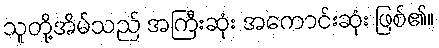
သူတို့အိမ်သည် အကြီးဆုံး အကောင်းဆုံး ဖြစ်၏။